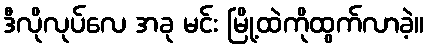
ဒီလိုလုပ်လေ အခု မင်း မြို့ထဲကိုထွက်လာခဲ့။